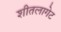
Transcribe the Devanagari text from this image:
शीतलागेट